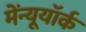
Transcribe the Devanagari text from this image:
मेंन्यूयॉर्क